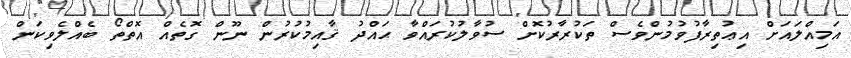
އަމިއްލައަށް އިޢުތިރާފުވުމުންވެސް ތަކުރާރުކޮށް ސުވާލުކުރައްވާ ޙައްދު ޤާއިމުކުރުން ނޫން ގޮތެއް އޮތްތޯ ބެއްލެވިކަން